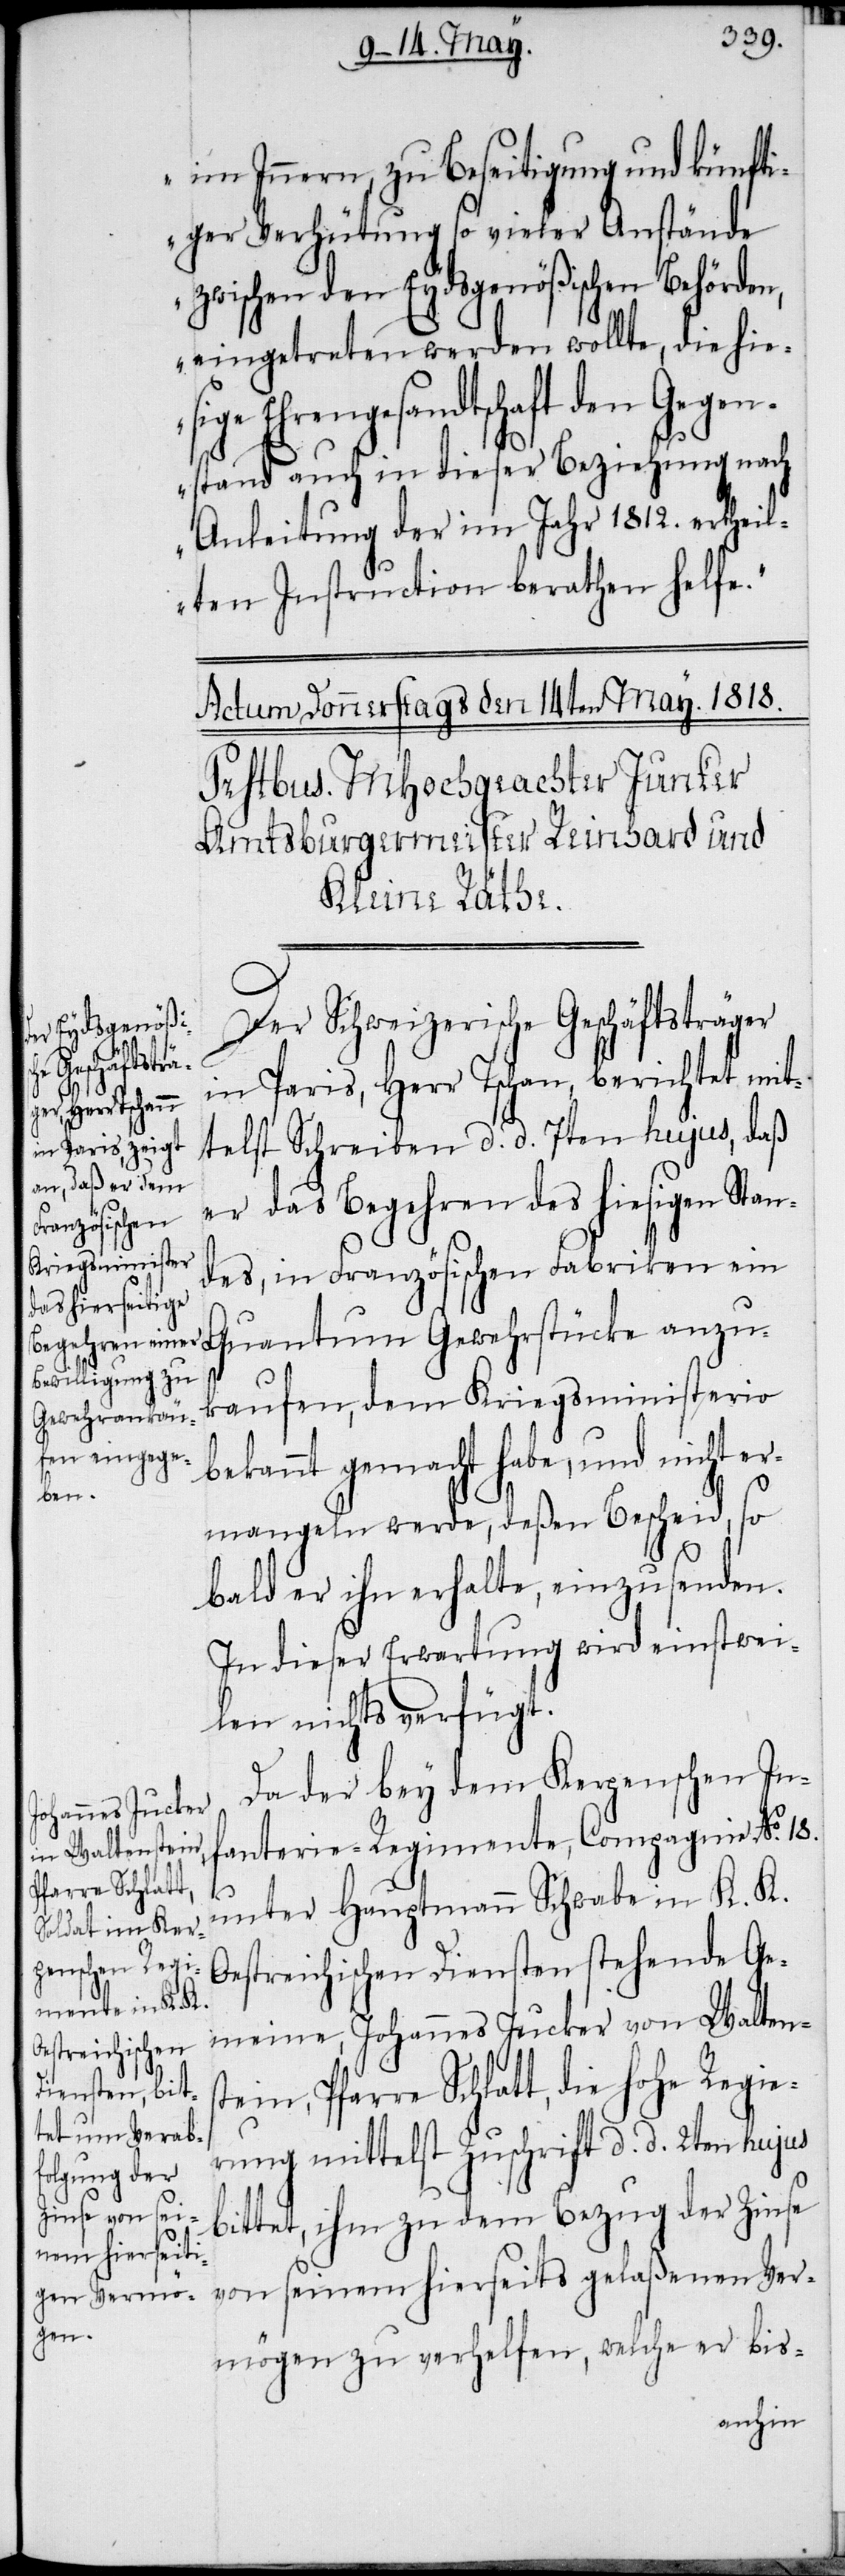
hohe Regie¬
Pfarre Schlatt,

im Innern, zu Beseitigung und künfti¬
ger Verhütung so vieler Anstände
zwischen den Eydsgenößischen Behörden,
eingetreten werden wollte, die hi¬
Ehrengesandtschaft den Gegen¬
stand auch in dieser Beziehung nach
Anleitung der im Jahr 1812. ertheil¬
ten Instruction berathen helfe.“
Der Schweizerische Geschäftsträger
in Paris, Herr Tschan, berichtet mit¬
telst Schreiben d. d. 7ten hujus, daß
er das Begehren des hiesigen Stan¬
des, in Französischen Fabriken ein
Quantum Gewehrstücke anzu¬
kaufen, dem Kriegsministerio
bekannt gemacht habe, und nicht er¬
mangeln werde, deßen Bescheid, so
bald er ihn erhalte, einzusenden.
In dieser Erwartung wird einstwei¬
len nichts verfügt.
Da der bey dem Kerpenschen In¬
fanterie-Regimente, Compagnie No. 18.
unter Hauptmann Schwabe in K. K.
Oestreichischen Diensten stehende Ge¬
meine, Johannes Jucker von Walten¬
rung mittelst Zuschrift d. d. 2ten hujus
bittet, ihm zu dem Bezug der Zinse
von seinem hierseits gelaßenen Ver¬
mögen zu verhelfen, welche er bis-